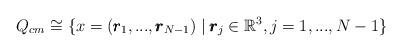
LaTeX: \begin{align*}Q_{cm}\cong \{x=(\pmb{r}_{1},...,\pmb{r}_{N-1})\mid \pmb{r}_{j}\in \mathbb{R}^{3}, j=1,...,N-1\}\end{align*}